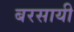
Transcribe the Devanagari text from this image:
बरसायी